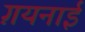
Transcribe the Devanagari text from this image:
ग़यनाई